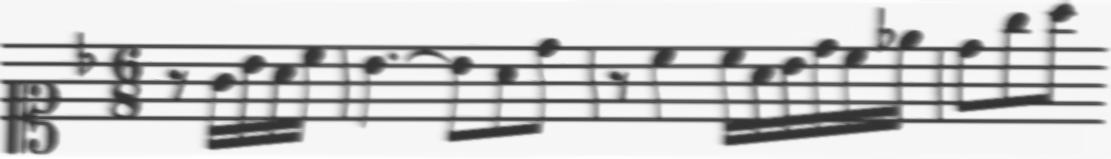
Transcription: clef-C1 keySignature-FM timeSignature-6/8 rest-eighth note-G4_sixteenth note-Bb4_sixteenth note-A4_sixteenth note-C5_sixteenth barline note-Bb4_quarter. tie note-Bb4_eighth note-A4_eighth note-D5_eighth barline rest-eighth note-C5_quarter note-C5_sixteenth note-A4_sixteenth note-Bb4_sixteenth note-D5_sixteenth note-C5_sixteenth note-Eb5_sixteenth barline note-D5_eighth note-G5_eighth note-A5_eighth